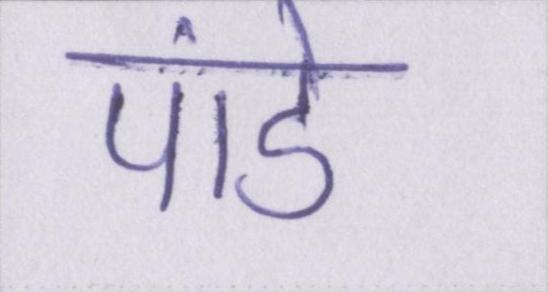
पांडे